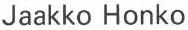
Jaakko Honko